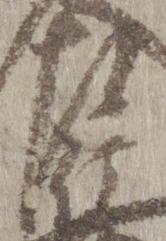
左